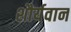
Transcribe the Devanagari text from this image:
शौर्यवान